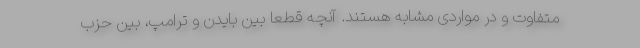
متفاوت و در مواردی مشابه هستند. آنچه قطعا بین بایدن و ترامپ، بین حزب